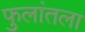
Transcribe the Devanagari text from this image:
फुलांतला